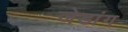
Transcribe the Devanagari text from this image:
जेडांग